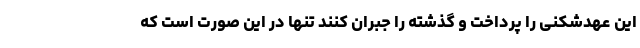
این عهدشکنی را پرداخت و گذشته را جبران کنند تنها در این صورت است که